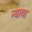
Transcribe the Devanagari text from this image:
न्याया